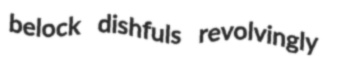
belock dishfuls revolvingly